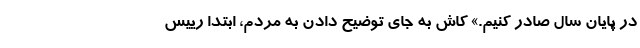
در پایان سال صادر کنیم.» کاش به جای توضیح دادن به مردم، ابتدا رییس